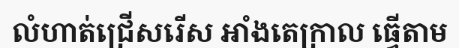
លំហាត់ជ្រើសរើស អាំងតេក្រាល ធ្វើតាម